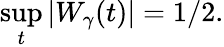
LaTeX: \operatorname*{sup}_{t}|W_{\gamma}(t)|=1/2.